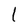
Character: l